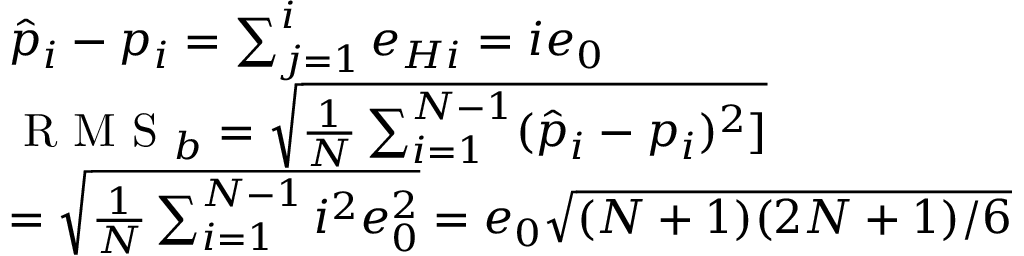
\begin{array} { r l } & { \hat { p } _ { i } - p _ { i } = \sum _ { j = 1 } ^ { i } e _ { H i } = i e _ { 0 } } \\ & { \textrm { R M S } _ { b } = \sqrt { \frac { 1 } { N } \sum _ { i = 1 } ^ { N - 1 } ( \hat { p } _ { i } - p _ { i } ) ^ { 2 } ] } } \\ & { = \sqrt { \frac { 1 } { N } \sum _ { i = 1 } ^ { N - 1 } i ^ { 2 } e _ { 0 } ^ { 2 } } = e _ { 0 } \sqrt { ( N + 1 ) ( 2 N + 1 ) / 6 } } \end{array}